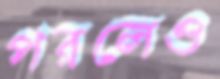
পরলেও